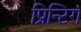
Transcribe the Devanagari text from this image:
प्रिन्टिगं